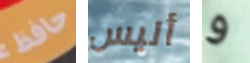
حافظ أليس و